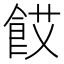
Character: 餀